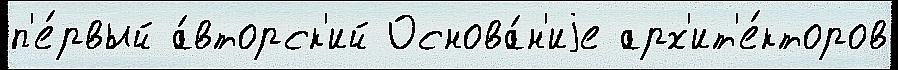
п'е́рвый а́вторск'ий Основа́н'иjе арх'ит'е́кторов